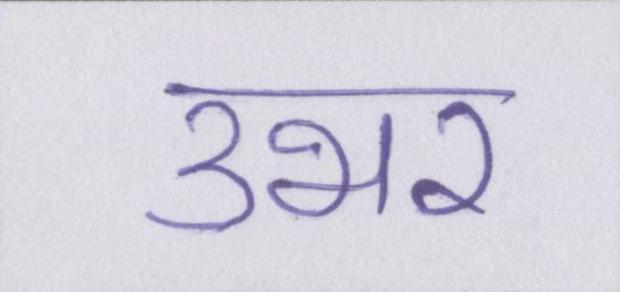
उभर